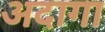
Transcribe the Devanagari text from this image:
अदागा